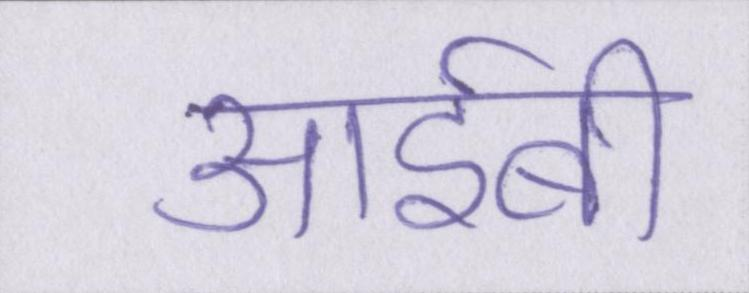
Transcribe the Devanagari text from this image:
आईबी